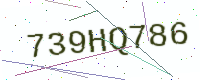
Text: 739HQ786